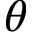
\theta